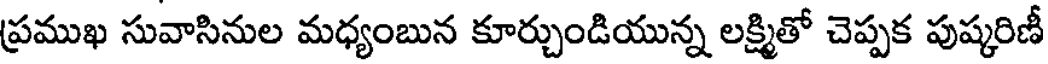
ప్రముఖ సువాసినుల మధ్యంబున కూర్చుండియున్న లక్ష్మితో చెప్పక పుష్కరిణీ